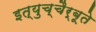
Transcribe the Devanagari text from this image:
इत्युच्चैर्बूते